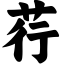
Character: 荇